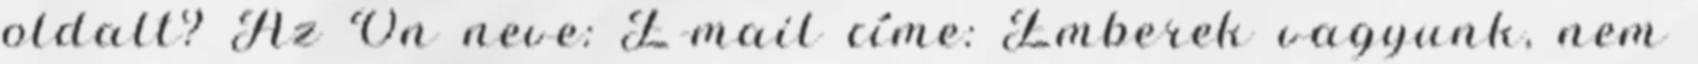
oldalt? Az Ön neve: E-mail címe: Emberek vagyunk, nem